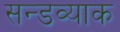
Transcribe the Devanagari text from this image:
सन्डव्याक